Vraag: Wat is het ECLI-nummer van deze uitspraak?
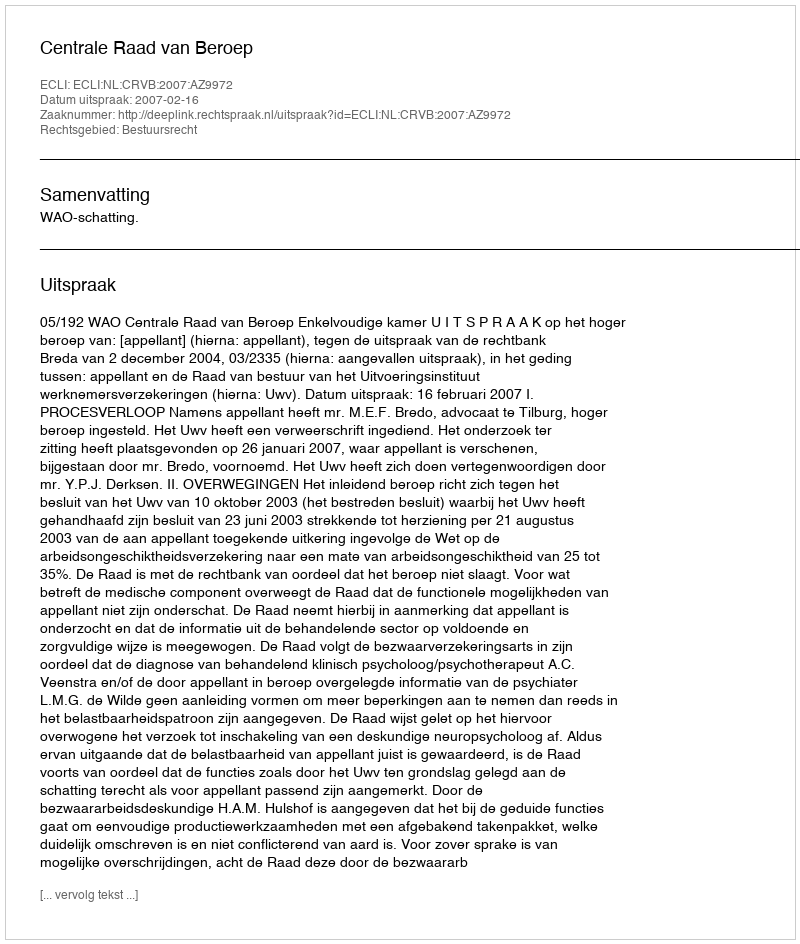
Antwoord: ECLI:NL:CRVB:2007:AZ9972